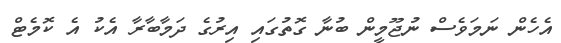
އެހެން ނަމަވެސް ނުޖޫމީން ބުނާ ގޮތުގައި އިރުގެ ދަމާބާރާ އެކު އެ ކޮމެޓް